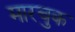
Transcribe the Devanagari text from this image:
मारचुक